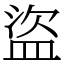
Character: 盜